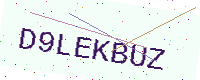
Text: D9LEKBUZ